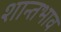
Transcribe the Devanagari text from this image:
शान्तभाव